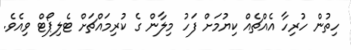
ހިތުން ހުރިހާ އެއްޗެއް ކިޔުމަށް ފަހު މިލާން ގެ ކުރިމައްޗަށް ޓެލިޕޯޓް ވިއެވެ.